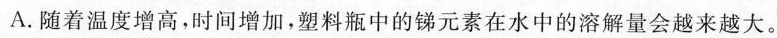
A.随着温度增高,时间增加，塑料瓶中的锑元素在水中的溶解量会越来越大。